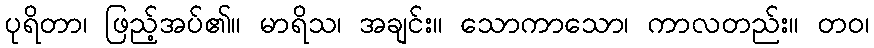
ပုရိတာ၊ ဖြည့်အပ်၏။ မာရိသ၊ အချင်း။ သောကာသော၊ ကာလတည်း။ တဝ၊